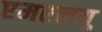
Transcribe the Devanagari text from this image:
एमएलयू